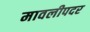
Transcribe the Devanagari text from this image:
मावलीपदर